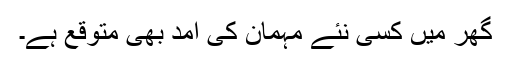
گھر میں کسی نئے مہمان کی آمد بھی متوقع ہے۔